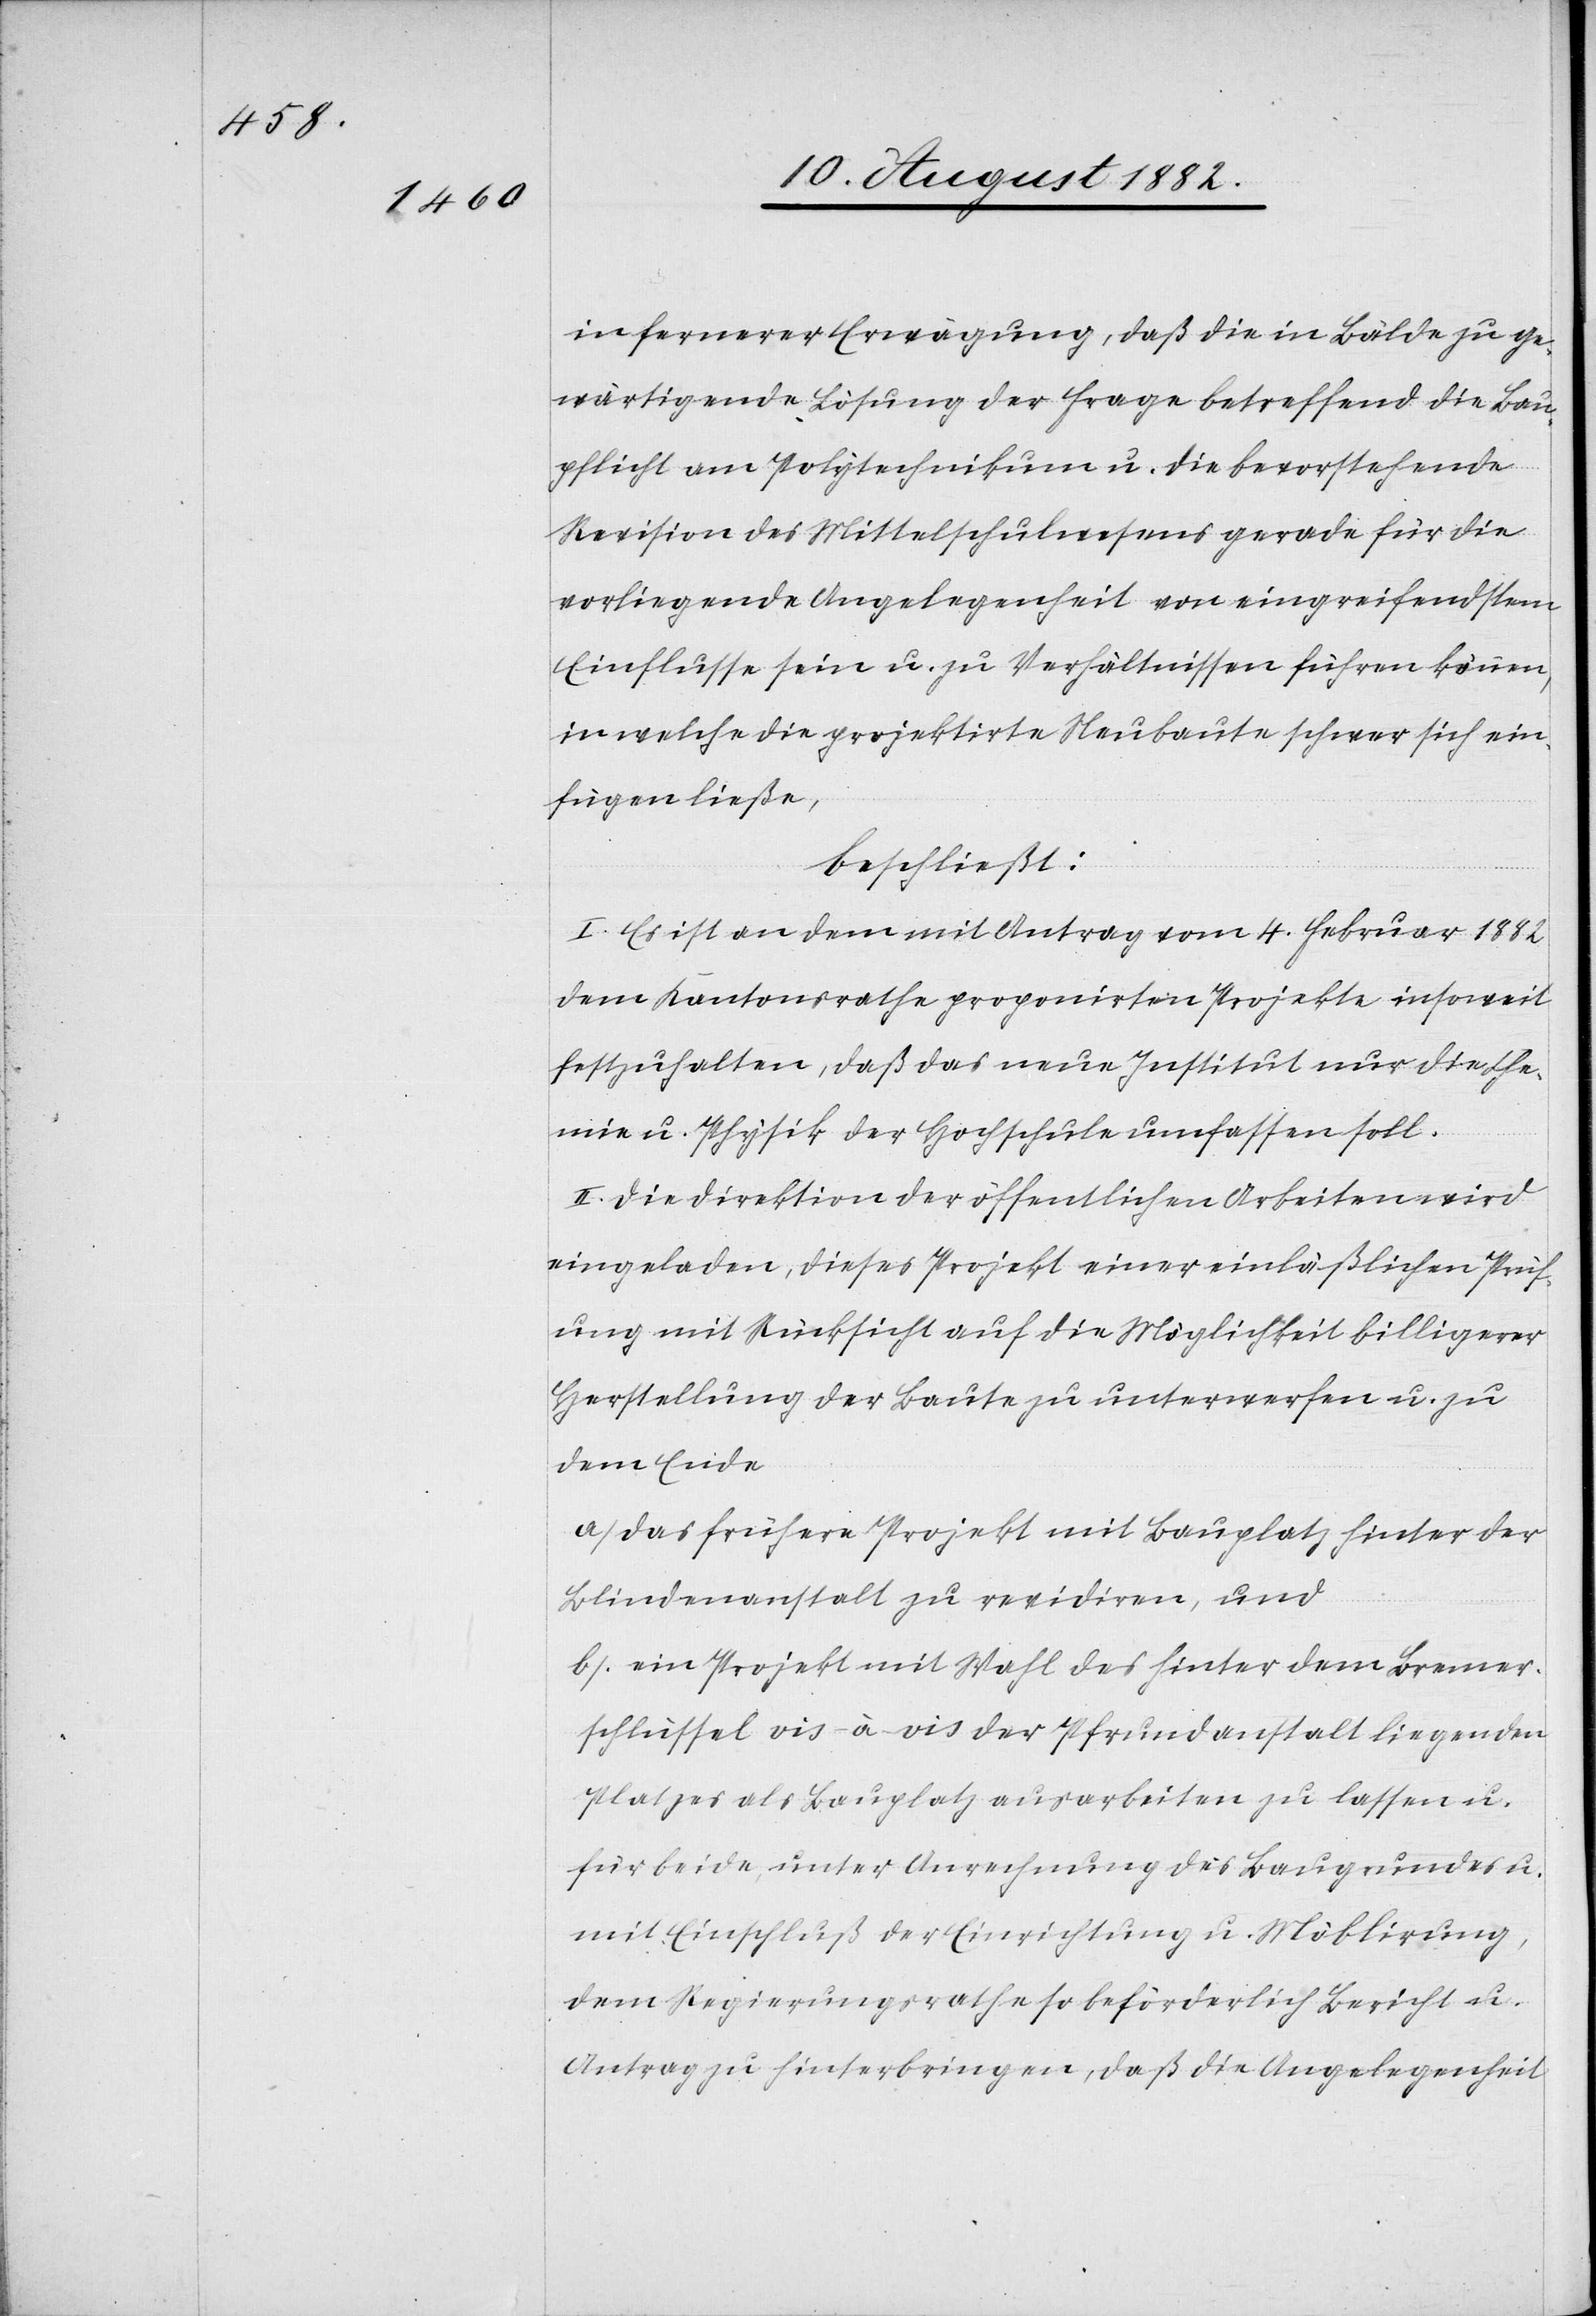
in fernerer Erwägung, daß die in Bälde zu ge¬
wärtigende Lösung der Frage betreffend die Bau¬
pflicht am Polytechnikum u. die bevorstehende
Revision des Mittelschulwesens gerade für die
vorliegende Angelegenheit von eingreifendstem
Einflusse sein u. zu Verhältnissen führen können,
in welche die projektirte Neubaute schwer sich ein¬
fügen ließe,
beschließt:
I. Es ist an dem mit Antrag vom 4. Februar 1882
dem Kantonsrathe proponirten Projekte insoweit
festzuhalten, daß das neue Institut nur die Che¬
mie u. Physik der Hochschule umfassen soll.
eingeladen, dieses Projekt einer einläßlichen Prüf¬
ung mit Rücksicht auf die Möglichkeit billigerer
Herstellung der Baute zu unterwerfen u. zu
dem Ende
a) das frühere Projekt mit Bauplatz hinter der
Blindenanstalt zu revidiren, und
b) ein Projekt mit Wahl des hinter dem Bremer¬
schlüssel vis-à-vis der Pfrundanstalt liegenden
Platzes als Bauplatz ausarbeiten zu lassen u.
für beide, unter Anrechnung des Baugrundes u.
mit Einschluß der Einrichtung u. Möblirung,
dem Regierungsrathe so beförderlich Bericht u.
Antrag zu hinterbringen, daß die Angelegenheit